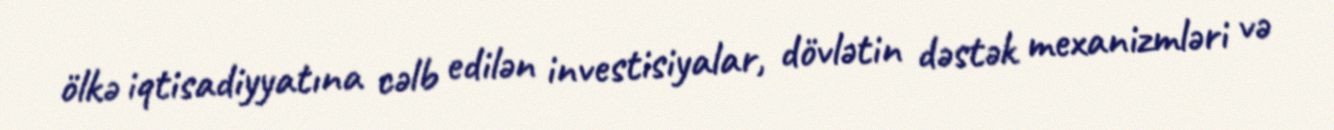
ölkə iqtisadiyyatına cəlb edilən investisiyalar, dövlətin dəstək mexanizmləri və